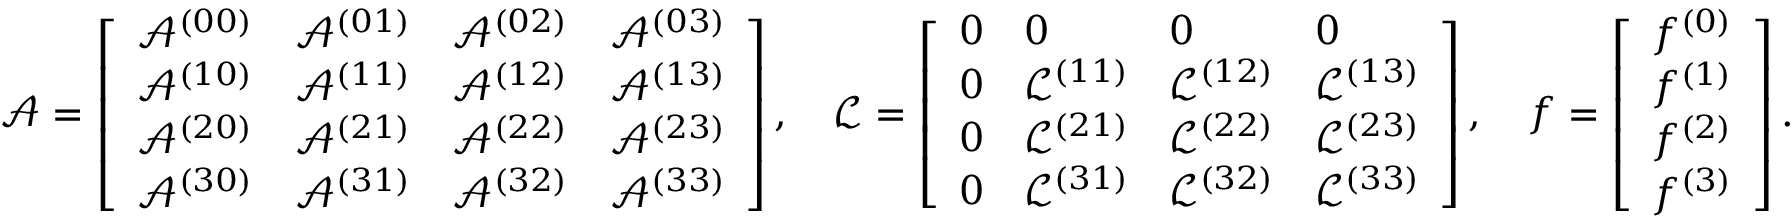
\boldsymbol { \mathcal { A } } = \left[ \begin{array} { l l l l } { \mathcal { A } ^ { ( 0 0 ) } } & { \mathcal { A } ^ { ( 0 1 ) } } & { \mathcal { A } ^ { ( 0 2 ) } } & { \mathcal { A } ^ { ( 0 3 ) } } \\ { \mathcal { A } ^ { ( 1 0 ) } } & { \mathcal { A } ^ { ( 1 1 ) } } & { \mathcal { A } ^ { ( 1 2 ) } } & { \mathcal { A } ^ { ( 1 3 ) } } \\ { \mathcal { A } ^ { ( 2 0 ) } } & { \mathcal { A } ^ { ( 2 1 ) } } & { \mathcal { A } ^ { ( 2 2 ) } } & { \mathcal { A } ^ { ( 2 3 ) } } \\ { \mathcal { A } ^ { ( 3 0 ) } } & { \mathcal { A } ^ { ( 3 1 ) } } & { \mathcal { A } ^ { ( 3 2 ) } } & { \mathcal { A } ^ { ( 3 3 ) } } \end{array} \right] , \quad \boldsymbol { \mathcal { L } } = \left[ \begin{array} { l l l l } { 0 } & { 0 } & { 0 } & { 0 } \\ { 0 } & { \mathcal { L } ^ { ( 1 1 ) } } & { \mathcal { L } ^ { ( 1 2 ) } } & { \mathcal { L } ^ { ( 1 3 ) } } \\ { 0 } & { \mathcal { L } ^ { ( 2 1 ) } } & { \mathcal { L } ^ { ( 2 2 ) } } & { \mathcal { L } ^ { ( 2 3 ) } } \\ { 0 } & { \mathcal { L } ^ { ( 3 1 ) } } & { \mathcal { L } ^ { ( 3 2 ) } } & { \mathcal { L } ^ { ( 3 3 ) } } \end{array} \right] , \quad \boldsymbol { f } = \left[ \begin{array} { l } { f ^ { ( 0 ) } } \\ { f ^ { ( 1 ) } } \\ { f ^ { ( 2 ) } } \\ { f ^ { ( 3 ) } } \end{array} \right] .